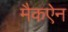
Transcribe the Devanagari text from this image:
मैकऐन